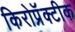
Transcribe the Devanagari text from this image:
किरोप्रॅक्टीक